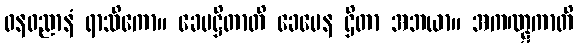
ဓနဓညာနံ ရာသိကော။ ခေမဋ္ဌိတာတိ ခေမေန ဌိတာ အဘယာ။ အကဏ္ဋကာတိ